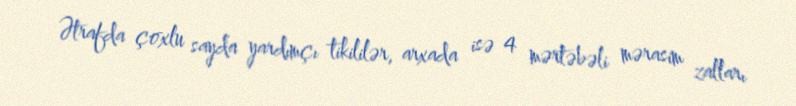
Ətrafda çoxlu sayda yardımçı tikililər, arxada isə 4 mərtəbəli mərasim zalları